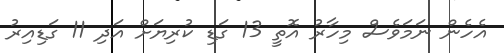
އެހެން ނަމަވެސް މިހާރު އޮތީ 13 ގަޑި ކުރިޔަށް އަދި 11 ގަޑިއިރު